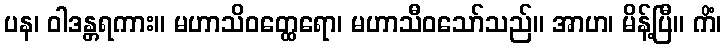
ပန၊ ဝါဒန္တရကား။ မဟာသိဝတ္ထေရော၊ မဟာသီဝသော်သည်။ အာဟ၊ မိန့်ပြီ။ ကိံ၊